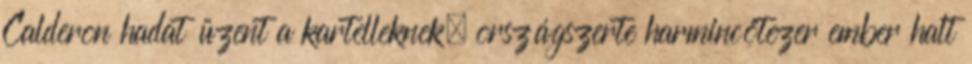
Calderon hadat üzent a kartelleknek, országszerte harmincötezer ember halt